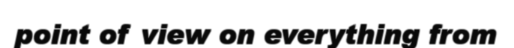
point of view on everything from